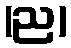
(ည)